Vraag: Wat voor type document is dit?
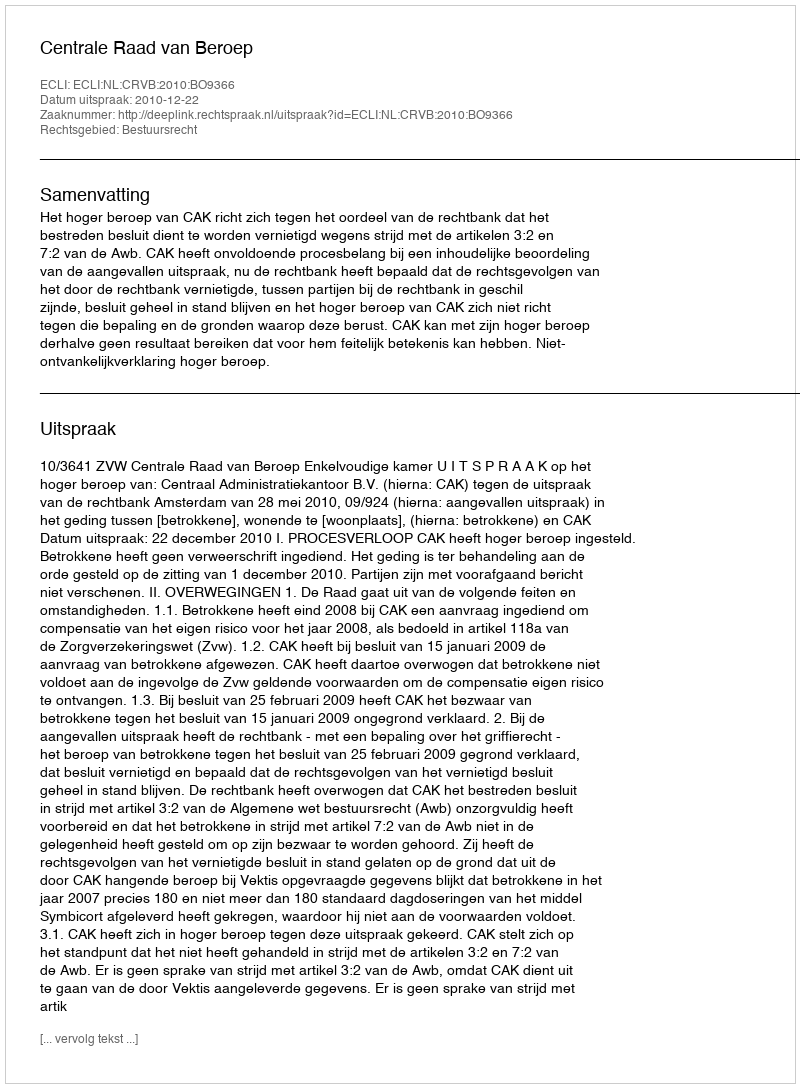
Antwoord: Uitspraak